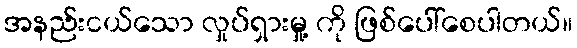
အနည်းငယ်သော လှုပ်ရှားမှု့ ကို ဖြစ်ပေါ်စေပါတယ်။